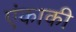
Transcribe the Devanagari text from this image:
एंकाकी